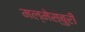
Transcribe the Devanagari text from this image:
मल्मेस्बुरी